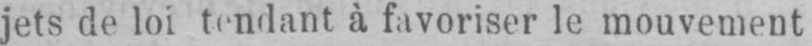
jets de loi tendant à favoriser le mouvement